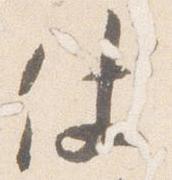
仗